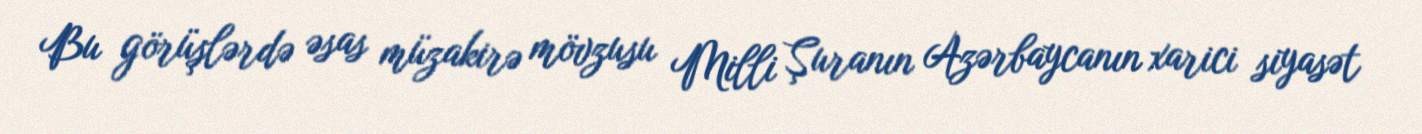
Bu görüşlərdə əsas müzakirə mövzusu Milli Şuranın Azərbaycanın xarici siyasət